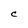
Character: c